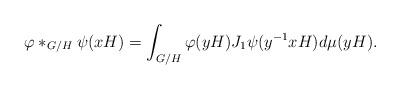
LaTeX: \begin{align*}\varphi\ast_{G/H}\psi(xH)=\int_{G/H}\varphi(yH)J_1\psi(y^{-1}xH)d\mu(yH).\end{align*}